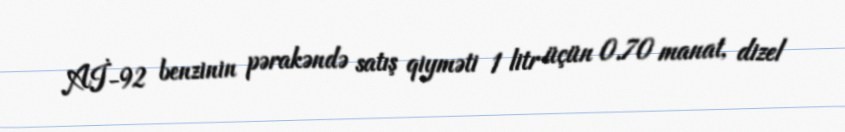
Aİ-92 benzinin pərakəndə satış qiyməti 1 litr üçün 0.70 manat, dizel